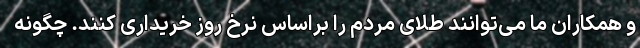
و همکاران ما می‌توانند طلای مردم را براساس نرخ روز خریداری کنند. چگونه